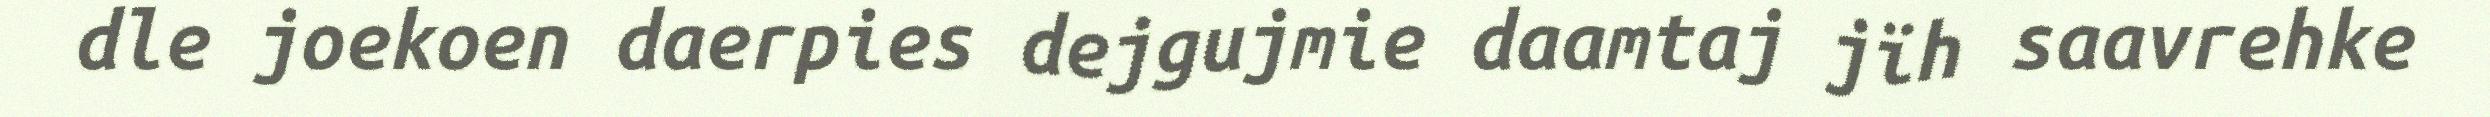
dle joekoen daerpies dejgujmie daamtaj jïh saavrehke